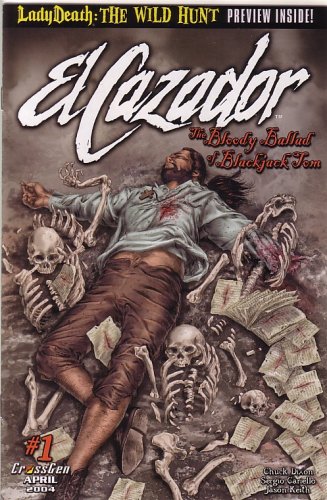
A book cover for El Cazador; The Bloody Ballad of Blackjack Tom, Vol 1 #1 (Comic Book); CHUCK DIXON; Humor & Entertainment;